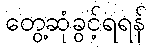
တွေ့ဆုံခွင့်ရရန်